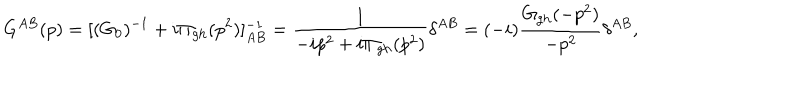
G ^ { A B } ( p ) = [ ( G _ { 0 } ) ^ { - 1 } + i \Pi _ { \mathrm { g h } } ( p ^ { 2 } ) ] _ { A B } ^ { - 1 } = { \frac { 1 } { - i p ^ { 2 } + i \Pi _ { \mathrm { g h } } ( p ^ { 2 } ) } } \delta ^ { A B } = ( - i ) { \frac { G _ { \mathrm { g h } } ( - p ^ { 2 } ) } { - p ^ { 2 } } } \delta ^ { A B } ,